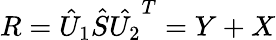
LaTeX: R=\hat{U}_{1}\hat{S}\hat{U_{2}}^{T}=Y+X